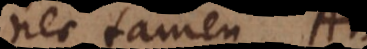
nec tamen ABC,